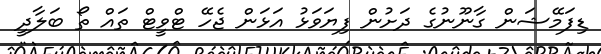
ޑިފަމޭޝަން ގާނޫނުގެ ދަށުން ފިޔަވަޅު އަޅަން ޖެހޭ ޓްވީޓް ތައް ތޯ ބަލާދީ